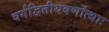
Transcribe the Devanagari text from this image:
वर्गद्वितीयवर्णोत्थाः